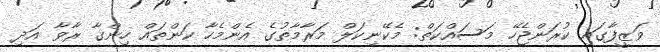
ވަޒީފާގައި ކުރަންޖެހޭ މަސައްކަތް: މެކޭނިކަލް މަރާމާތުގެ އެންމެހާ ކަންތައް ހިންގާ ރާވާ އަދި